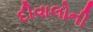
દીવાલોની